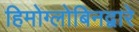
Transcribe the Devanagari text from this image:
हिमोग्लोबिनद्वारे